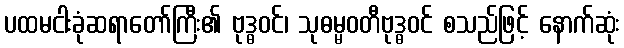
ပထမငါးခုံဆရာတော်ကြီး၏ ဗုဒ္ဓဝင်၊ သုဓမ္မဝတီဗုဒ္ဓဝင် စသည်ဖြင့် နောက်ဆုံး